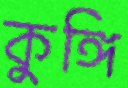
কুঙ্গি